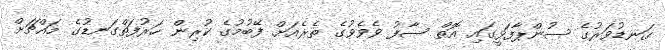
ގަނޑުވަރުގެ ސުންޕާފަޅީގައި އޮތް ސާފު ވެވެވުގެ ތެރެއަށް ފޭބުމުގެ ކުރިން ހަރުފަތްގަނޑުގެ މައްޗަށް